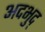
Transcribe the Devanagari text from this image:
अदभुद्